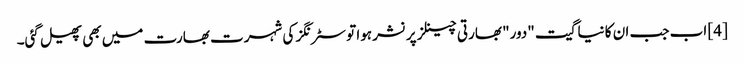
[4] اب جب ان کا نیا گیت "دور" بھارتی چینلز پر نشر ہوا تو سٹرنگز کی شہرت بھارت میں بھی پھیل گئی۔